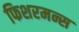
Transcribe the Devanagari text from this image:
फिशरमन्स